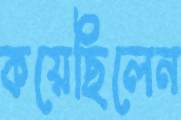
কয়েছিলেন